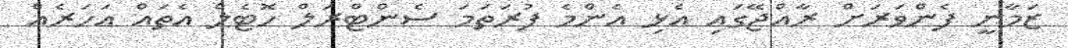
ޒަމާނީ ފެންވަރަށް ރާއްޖޭގައި އެޅި އެންމެ ފުރަތަމަ ސެންޓްރަލް ހޮޓެލް އެތައް އަހަރެއް